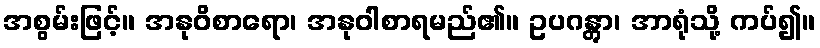
အစွမ်းဖြင့်။ အနုဝိစာရော၊ အနုဝါစာရမည်၏။ ဥပဂန္တွာ၊ အာရုံသို့ ကပ်၍။